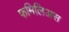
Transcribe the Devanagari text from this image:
फमिलिअस